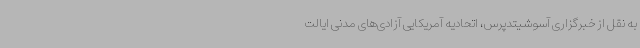
به نقل از خبرگزاری آسوشیتدپرس، اتحادیه آمریکایی آزادی‌های مدنی ایالت